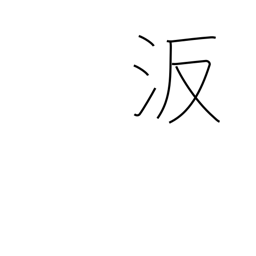
Meaning: proper name